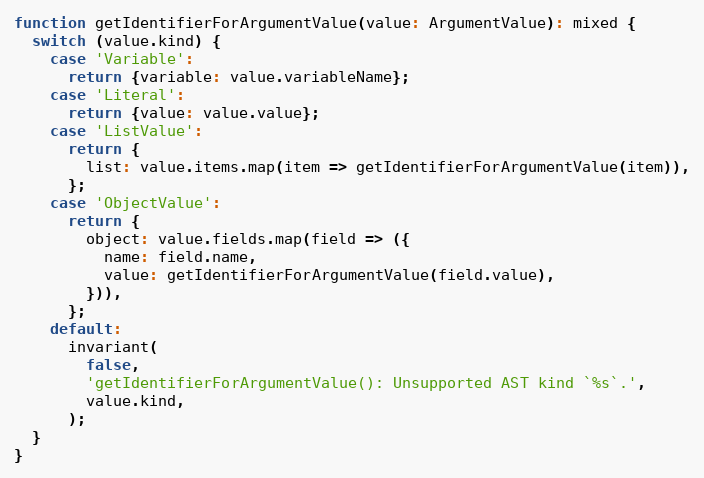
Language: JavaScript
function getIdentifierForArgumentValue(value: ArgumentValue): mixed {
  switch (value.kind) {
    case 'Variable':
      return {variable: value.variableName};
    case 'Literal':
      return {value: value.value};
    case 'ListValue':
      return {
        list: value.items.map(item => getIdentifierForArgumentValue(item)),
      };
    case 'ObjectValue':
      return {
        object: value.fields.map(field => ({
          name: field.name,
          value: getIdentifierForArgumentValue(field.value),
        })),
      };
    default:
      invariant(
        false,
        'getIdentifierForArgumentValue(): Unsupported AST kind `%s`.',
        value.kind,
      );
  }
}